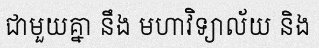
ជាមួយគ្នា នឹង មហាវិទ្យាល័យ និង